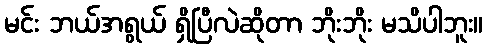
မင်း ဘယ်အရွယ် ရှိပြီလဲဆိုတာ ဘိုးဘိုး မသိပါဘူး။